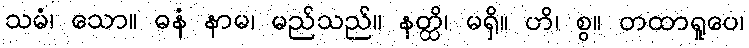
သမံ၊ သော။ ဓနံ နာမ၊ မည်သည်။ နတ္ထိ၊ မရှိ။ ဟိ၊ စွ။ တထာရူပေ၊